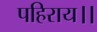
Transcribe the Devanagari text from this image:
पहिराय।।